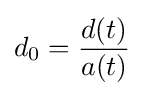
d_{0}={\frac {d(t)}{a(t)}}